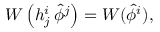
W \left( h _ { j } ^ { i } \, \hat { \phi } ^ { j } \right) = W ( \hat { \phi } ^ { i } ) ,